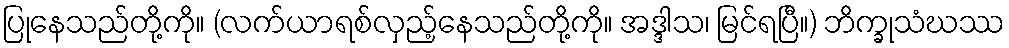
ပြုနေသည်တို့ကို။ (လက်ယာရစ်လှည့်နေသည်တို့ကို။ အဒ္ဒါသ၊ မြင်ရပြီ။) ဘိက္ခုသံဃဿ